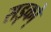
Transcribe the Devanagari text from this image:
सड़को़